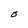
Character: O